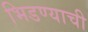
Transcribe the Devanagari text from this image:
भिडण्याची